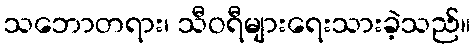
သဘောတရား၊ သီဝရီများရေးသားခဲ့သည်။